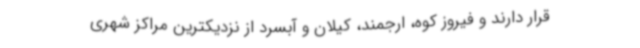
قرار دارند و فیروز کوه، ارجمند، کیلان و آبسرد از نزدیکترین مراکز شهری